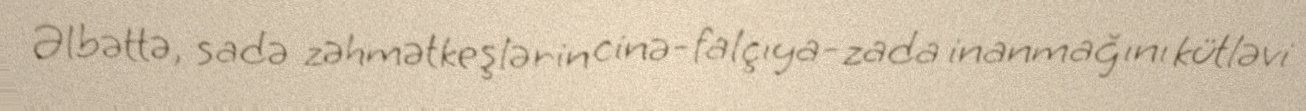
Əlbəttə, sadə zəhmətkeşlərin cinə-falçıya-zada inanmağını kütləvi